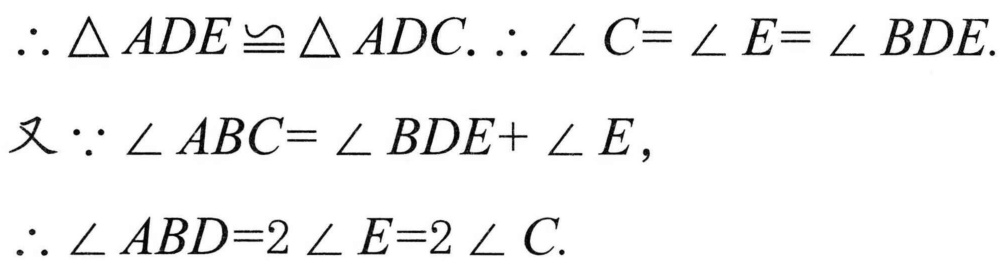
\(\therefore\triangle ADE\cong\triangle ADC.\therefore\angle C = \angle E=\angle BDE.\)
又\(\because\angle ABC=\angle BDE+\angle E\)，
\(\therefore\angle ABD = 2\angle E=2\angle C.\)